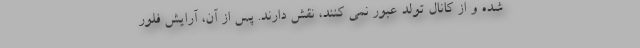
شده و از کانال تولد عبور نمی کنند، نقش دارند. پس از آن، آرایش فلور